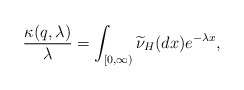
\begin{align*}\frac{\kappa(q,\lambda)}{\lambda}=\int_{[0,\infty)}\widetilde{\nu}_{H}(dx) e^{-\lambda x},\end{align*}